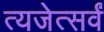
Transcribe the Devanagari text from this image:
त्यजेत्सर्वं